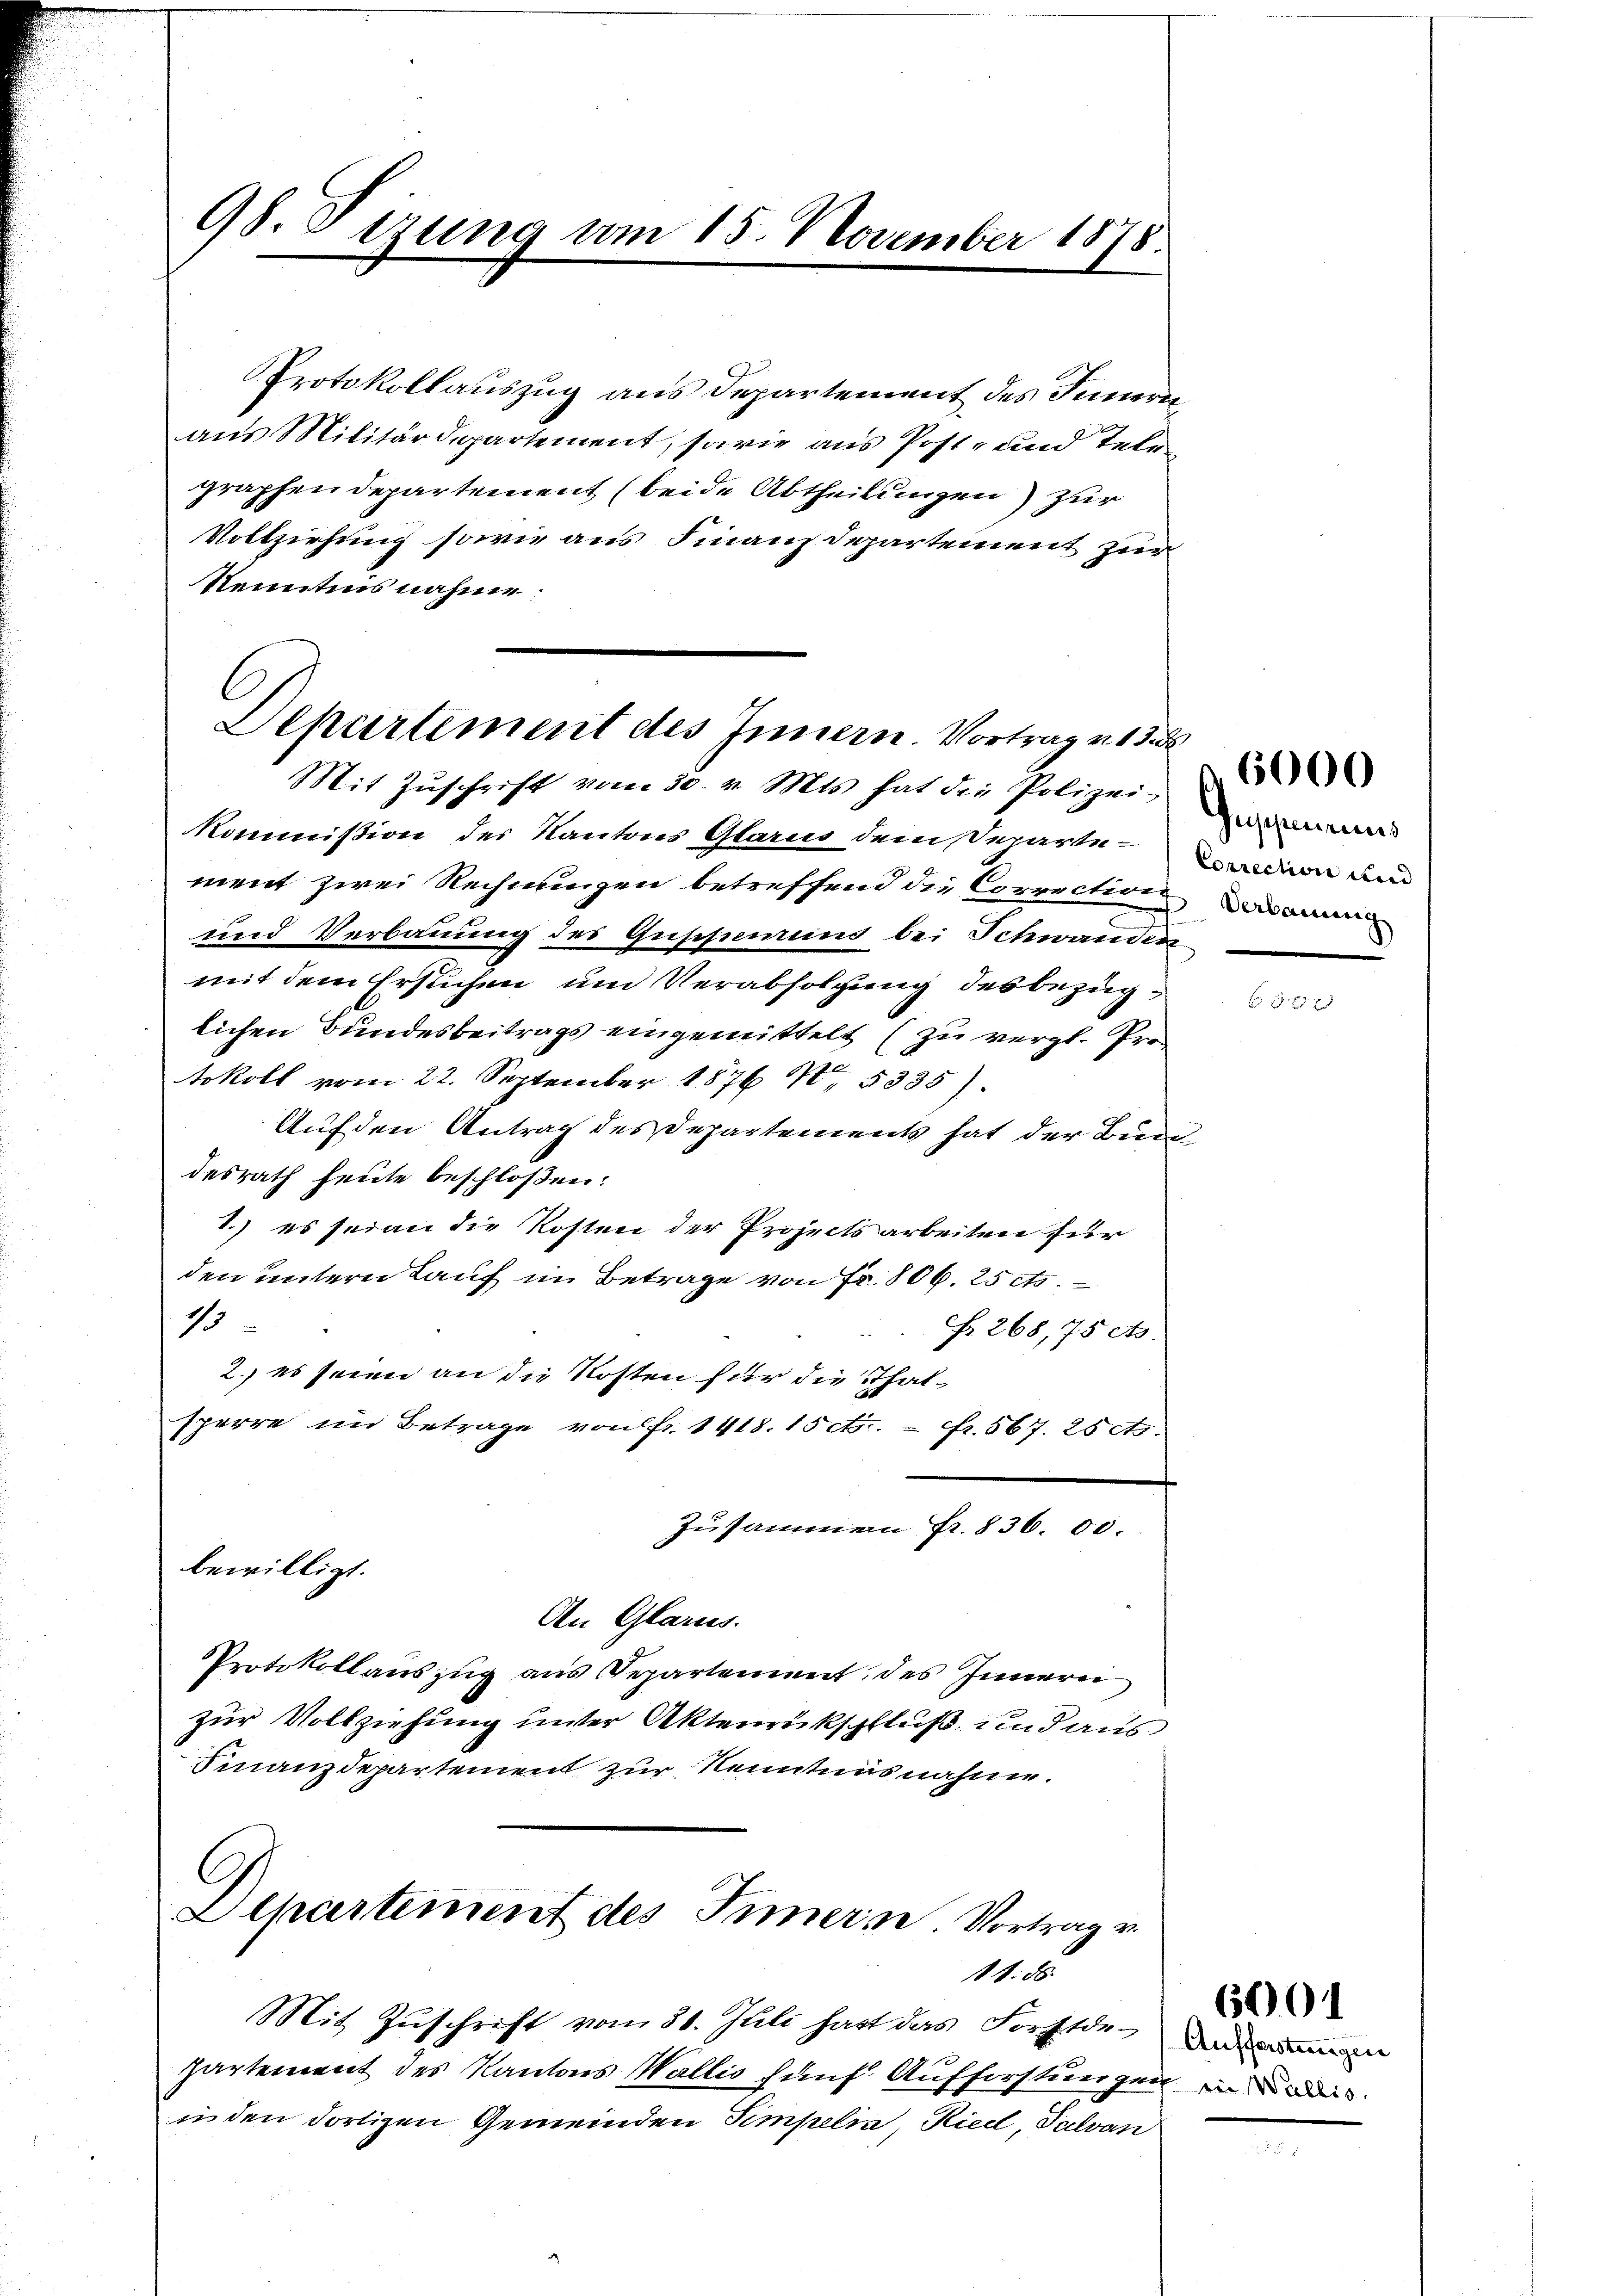
98. Sizung vom 15. November 1878.

Protokollauszug aus Departement des Innern
aus Militärdepartement, sowie aus Post- und Tele
graphendepartement (beide Abtheilungen) zur
Vollziehung sowie aus Finanzdepartement zur
Kenntnis nahme.

l
Separtement des Innern. Vortrag v. 13
Mit Zŭschrift vom 30. v. Mts. hat die Polizei-

Kommißion des Kantons Glarus dem Departement zwei Rechnungen betreffend die Correction deman
und Verbauung des Gussieurens bei Schwanden
mit dem Ersuchen um Verabfolgung des bezüglichen Bundesbeitrags eingemittelt (zu vergl. Pro
tokoll vom 22. September 1876 N. 5335).
Auf den Antrag des Departements hat der Bund
desrath heute beschloßen:
1.) es sei an die Kosten der Projects arbeiten für
den untern Lauf im Betrage von Fr. 806. 25 cts.
16
Nr. 268,75 cts.
2. es seien an die Kosten für die Thatsperre im Betrage von fr. 1418. 15 c. fr. 567. 25 c.
Zusammen Fr. 836. 00.
bewilligt.
An Glarus.
Protokollauszug aus Separtement des Innern
zur Vollziehung unter Aktenrückschluß, und aus
Finanzdepartement zur Nenntnisnahme.
G
Ilhartement des Innern Vortrag v.

11. 86

Mit Zŭschrift vom 30. Juli hatt das Forstde

partement des Kantons Wallis fünf Aufforstungen in der
in den dortigen Gemeinden Simplia, Riedl, Salvan

Inschenreus
Correction und

Aufforstungen

6001